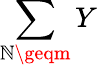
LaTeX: \sum\limits_{\mathbb{N}\geqm}Y